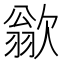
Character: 𪴱